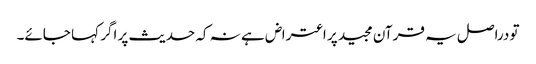
تو دراصل یہ قرآن مجید پر اعتراض ہے نہ کہ حدیث پر اگر کہا جائے۔